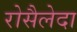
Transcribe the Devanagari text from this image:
रोसैलेदा